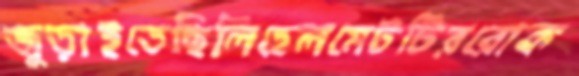
জুড়াইতেছিলিহেলমেটটিররোক